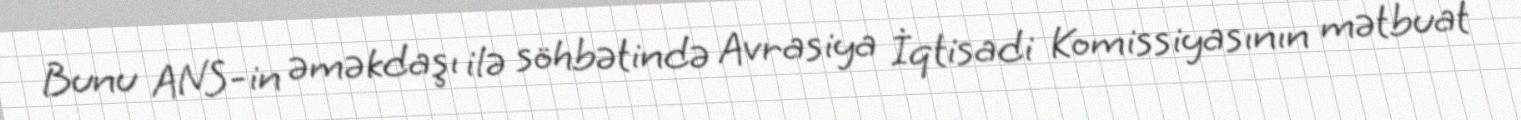
Bunu ANS-in əməkdaşı ilə söhbətində Avrasiya İqtisadi Komissiyasının mətbuat